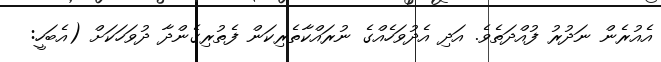
އެއުރެން ނަދުރު ފުއްދަތެވެ. އަދި އެދުވަހެއްގެ ނުރައްކާތެރިކަން ފެތުރިގެންދާ ދުވަހަކަށް (އެބަހީ: